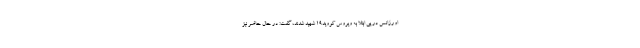
اورژانس در پی ابتلا به ویروس کووید۱۹ شهید شدند، گفت: در حال حاضر نیز